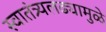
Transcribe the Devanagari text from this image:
स्वातंत्र्यलढ्यामुळे